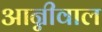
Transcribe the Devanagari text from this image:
आन्नीवाल